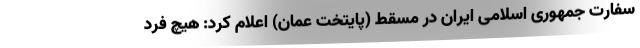
سفارت جمهوری اسلامی ایران در مسقط (پایتخت عمان) اعلام کرد: هیچ فرد